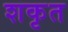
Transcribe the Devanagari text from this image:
शकृत